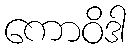
ကောဝိဒါ